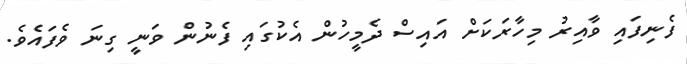
ފެނިފައި ވާއިރު މިހާރަކަށް އައިސް ދެމީހުން އެކުގައި ފެނުން ވަނީ ގިނަ ވެފައެވެ.